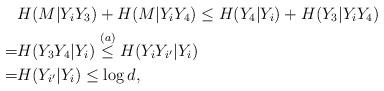
LaTeX: \begin{align*}& H(M| Y_i Y_3)+H(M| Y_i Y_4) \le H(Y_4| Y_i )+H(Y_3| Y_i Y_4) \\ =& H(Y_3 Y_4| Y_i ) \stackrel{(a)}{\le} H(Y_i Y_{i'}| Y_i ) \\=& H(Y_{i'}| Y_i ) \le \log d,\end{align*}